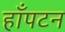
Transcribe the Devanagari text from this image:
हाँपटन